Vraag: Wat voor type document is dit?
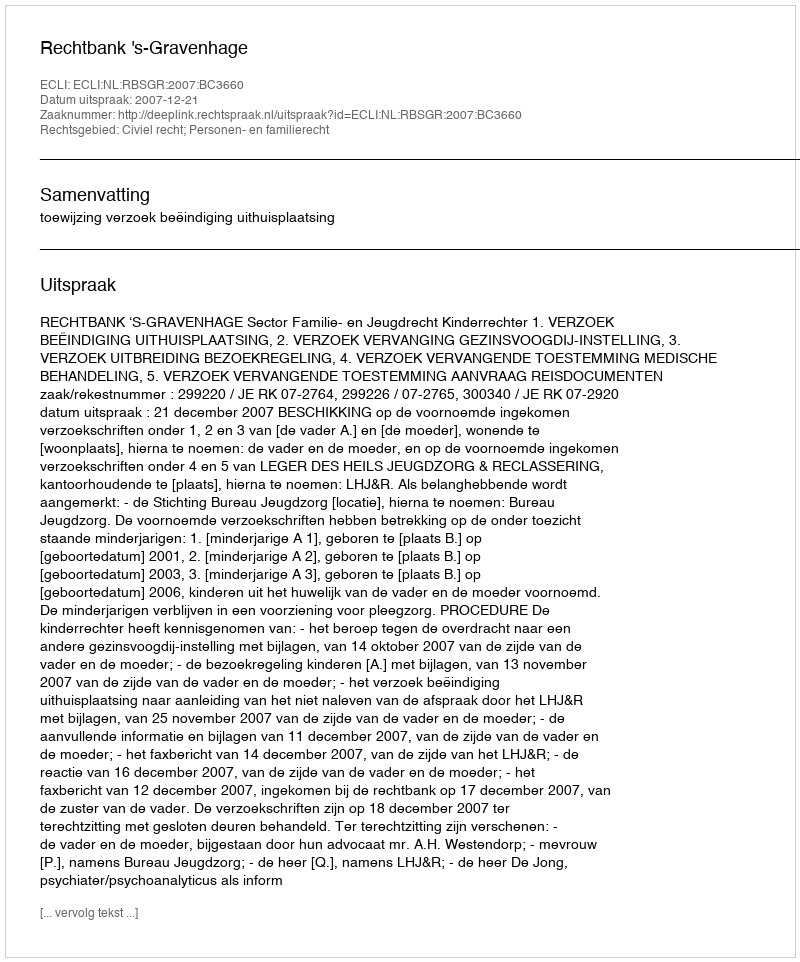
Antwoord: Uitspraak